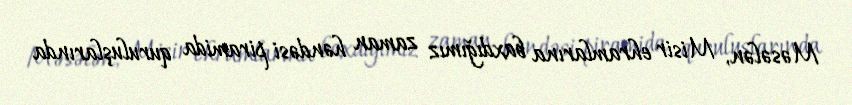
Məsələn, Misir ehramlarına baxdığımız zaman həndəsi piramida quruluşlarında